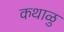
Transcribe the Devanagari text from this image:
कथाळु